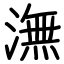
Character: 潕